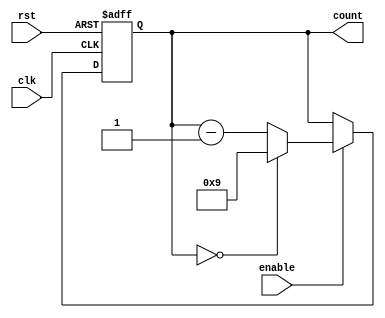
module BCD_Down_Counter (
  input wire clk,      // System clock
  input wire rst,      // Reset signal
  input wire enable,   // Enable signal
  output reg [3:0] count // BCD Down Counter output
);

always @ (posedge clk or posedge rst) begin
  if (rst) begin
    count <= 4'b0000; // Initialize counter to zero on reset
  end else begin
    if (enable) begin
      // Decrement count by 1 in BCD
      if (count == 4'b0000) begin
        count <= 4'b1001; // Wrap around to 9 when reaching zero
      end else begin
        count <= count - 1;
      end
    end
  end
end

endmodule